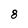
Character: 8